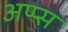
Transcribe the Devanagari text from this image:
अप्प्स